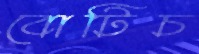
বোটিচ